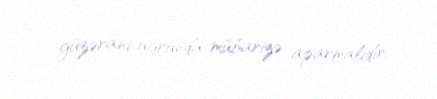
güzəranı uğrunda mübarizə aparmalıdır.